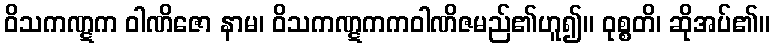
ဝိသကဏ္ဋက ဝါဏိဇော နာမ၊ ဝိသကဏ္ဋကကဝါဏိဇမည်၏ဟူ၍။ ဝုစ္စတိ၊ ဆိုအပ်၏။